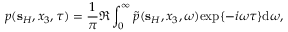
p ( { \bf s } _ { H } , x _ { 3 } , \tau ) = \frac { 1 } { \pi } \Re \int _ { 0 } ^ { \infty } \tilde { p } ( { \bf s } _ { H } , x _ { 3 } , \omega ) \mathrm { e x p } \{ - i \omega \tau \} \mathrm { d } \omega ,